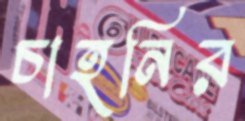
চাহনির